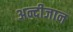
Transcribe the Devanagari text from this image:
अन्दीजान